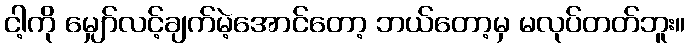
ငါ့ကို မျှော်လင့်ချက်မဲ့အောင်တော့ ဘယ်တော့မှ မလုပ်တတ်ဘူး။